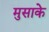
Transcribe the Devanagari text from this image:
मुसाके